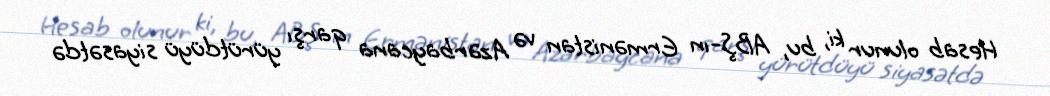
Hesab olunur ki, bu, ABŞ-ın Ermənistan və Azərbaycana qarşı yürütdüyü siyasətdə